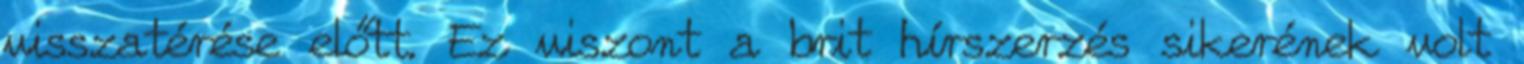
visszatérése előtt. Ez viszont a brit hírszerzés sikerének volt